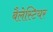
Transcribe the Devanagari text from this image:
बैलेस्टियर